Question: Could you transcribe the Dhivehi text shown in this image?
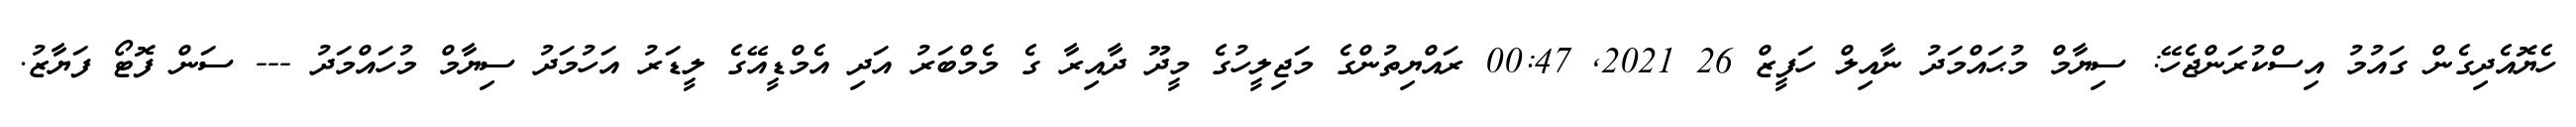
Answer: ހެޔޮއެދިގެން ގައުމު އިސްކުރަންޖެހޭ: ސިޔާމް މުޙައްމަދު ނާއިލް ހަފީޒް 26 2021, 00:47 ރައްޔިތުންގެ މަޖިލީހުގެ މީދޫ ދާއިރާ ގެ މެމްބަރު އަދި އެމްޑީއޭގެ ލީޑަރު އަހުމަދު ސިޔާމް މުހައްމަދު --- ސަން ފޮޓޯ ފަޔާޒު.